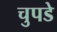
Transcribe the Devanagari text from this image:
चुपडे